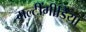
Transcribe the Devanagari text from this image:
मल्टींमीडिया